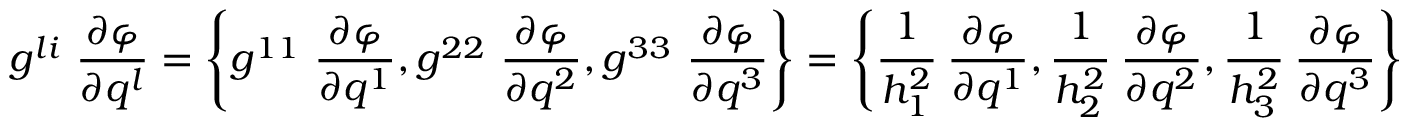
g ^ { l i } ~ { \frac { \partial \varphi } { \partial q ^ { l } } } = \left\{ g ^ { 1 1 } ~ { \frac { \partial \varphi } { \partial q ^ { 1 } } } , g ^ { 2 2 } ~ { \frac { \partial \varphi } { \partial q ^ { 2 } } } , g ^ { 3 3 } ~ { \frac { \partial \varphi } { \partial q ^ { 3 } } } \right\} = \left\{ { \cfrac { 1 } { h _ { 1 } ^ { 2 } } } ~ { \frac { \partial \varphi } { \partial q ^ { 1 } } } , { \cfrac { 1 } { h _ { 2 } ^ { 2 } } } ~ { \frac { \partial \varphi } { \partial q ^ { 2 } } } , { \cfrac { 1 } { h _ { 3 } ^ { 2 } } } ~ { \frac { \partial \varphi } { \partial q ^ { 3 } } } \right\}